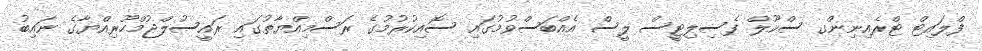
ފްލައިޓް ޓްރެއިނިންގ ސްކޫލް ފެސިލިޓީސް ލީސް އެއްބަސްވުމުގައި ސޮއިކުރުމުގެ ރަސްމިއްޔާތުގައި ރައީސުލްޖުމްހޫރިއްޔާގެ ނައިބު